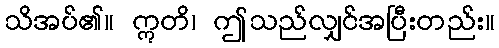
သိအပ်၏။ ဣတိ၊ ဤသည်လျှင်အပြီးတည်း။